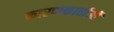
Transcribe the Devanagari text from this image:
कारणकार्ताओं